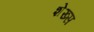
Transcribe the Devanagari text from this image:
शेख्स